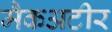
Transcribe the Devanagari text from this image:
मैकअटीर